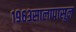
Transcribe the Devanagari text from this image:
१९६३सालापासून